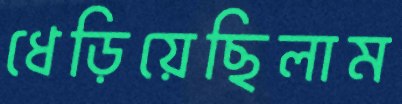
ধেড়িয়েছিলাম